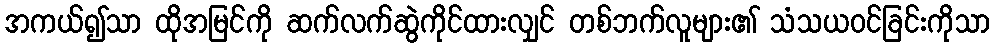
အကယ်၍သာ ထိုအမြင်ကို ဆက်လက်ဆွဲကိုင်ထားလျှင် တစ်ဘက်လူများ၏ သံသယဝင်ခြင်းကိုသာ